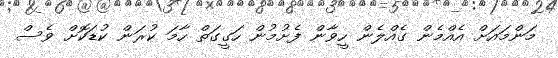
މަންމައަށް އެއްމެން ގެއްލެން ހީވާން ފެށުމުން ހަގީގަތް ހާމަ ކުރަން ކުޑަކޮށް ވެސް